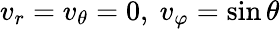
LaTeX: v_{r}=v_{\theta}=0,~v_{\varphi}=\sin{\theta}